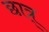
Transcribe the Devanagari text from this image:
छात्र्